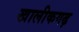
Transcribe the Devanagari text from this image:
खालीकगढ़